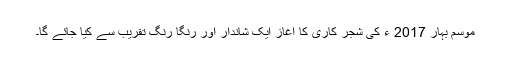
موسمِ بہار 2017 ء کی شجر کاری کا آغاز ایک شاندار اور رنگا رنگ تقریب سے کیا جائے گا۔